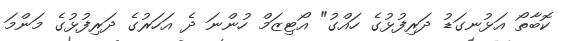
ކޮބާތޯ އަޅުނގަޑު ދަރިފުޅުގެ ހައްގު" އޯޓިޒަމް ހުންނަ ދެ އަހަރުގެ ދަރިފުޅުގެ މަންމަ